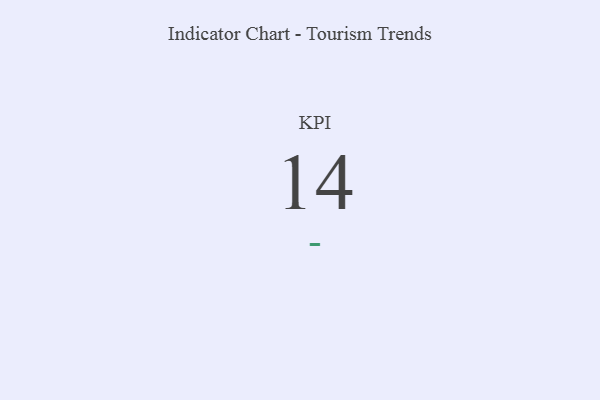
{"axis": {"x": "KPI", "y": "Value"}, "legend": [""], "data": [{"x": "KPI", "y": 14, "type": ""}]}